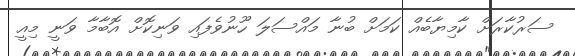
ސަރުކާރަށް ކާމިޔާބެއް ކަމަށް ބުނާ މައްސަލަ ހޫނުވެފައި ވަނިކޮށް އޮބާމާ ވަނީ މިއީ